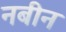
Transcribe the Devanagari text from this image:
नबीन